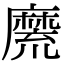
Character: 𪎣